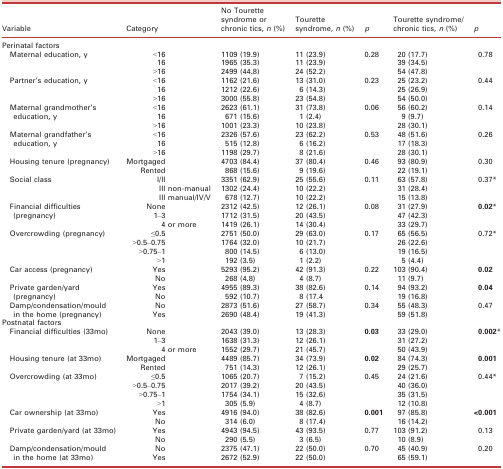
<table><thead><tr><td><b>Variable</b></td><td><b>Category</b></td><td><b>No Tourette syndrome or chronic tics, <i>n</i> (%)</b></td><td><b>Tourette syndrome, <i>n</i> (%)</b></td><td><b><i>p</i></b></td><td><b>Tourette syndrome/chronic tics, <i>n</i> (%)</b></td><td><b><i>p</i></b></td></tr></thead><tbody><tr><td colspan="7">Perinatal factors</td></tr><tr><td rowspan="3"> Maternal education, y</td><td>&lt;16</td><td>1109 (19.9)</td><td>11 (23.9)</td><td rowspan="3">0.28</td><td>20 (17.7)</td><td rowspan="3">0.78</td></tr><tr><td>16</td><td>1965 (35.3)</td><td>11 (23.9)</td><td>39 (34.5)</td></tr><tr><td>&gt;16</td><td>2499 (44.8)</td><td>24 (52.2)</td><td>54 (47.8)</td></tr><tr><td rowspan="3"> Partner’s education, y</td><td>&lt;16</td><td>1162 (21.6)</td><td>13 (31.0)</td><td rowspan="3">0.23</td><td>25 (23.2)</td><td rowspan="3">0.44</td></tr><tr><td>16</td><td>1212 (22.6)</td><td>6 (14.3)</td><td>25 (26.9)</td></tr><tr><td>&gt;16</td><td>3000 (55.8)</td><td>23 (54.8)</td><td>54 (50.0)</td></tr><tr><td rowspan="3"> Maternal grandmother’s education, y</td><td>&lt;16</td><td>2623 (61.1)</td><td>31 (73.8)</td><td rowspan="3">0.06</td><td>56 (60.2)</td><td rowspan="3">0.14</td></tr><tr><td>16</td><td>671 (15.6)</td><td>1 (2.4)</td><td>9 (9.7)</td></tr><tr><td>&gt;16</td><td>1001 (23.3)</td><td>10 (23.8)</td><td>28 (30.1)</td></tr><tr><td rowspan="3"> Maternal grandfather’s education, y</td><td>&lt;16</td><td>2326 (57.6)</td><td>23 (62.2)</td><td rowspan="3">0.53</td><td>48 (51.6)</td><td rowspan="3">0.26</td></tr><tr><td>16</td><td>515 (12.8)</td><td>6 (16.2)</td><td>17 (18.3)</td></tr><tr><td>&gt;16</td><td>1198 (29.7)</td><td>8 (21.6)</td><td>28 (30.1)</td></tr><tr><td rowspan="2"> Housing tenure (pregnancy)</td><td>Mortgaged</td><td>4703 (84.4)</td><td>37 (80.4)</td><td rowspan="2">0.46</td><td>93 (80.9)</td><td rowspan="2">0.30</td></tr><tr><td>Rented</td><td>868 (15.6)</td><td>9 (19.6)</td><td>22 (19.1)</td></tr><tr><td rowspan="3"> Social class</td><td>I/II</td><td>3351 (62.9)</td><td>25 (55.6)</td><td rowspan="3">0.11</td><td>63 (57.8)</td><td rowspan="3">0.37*</td></tr><tr><td>III non-manual</td><td>1302 (24.4)</td><td>10 (22.2)</td><td>31 (28.4)</td></tr><tr><td>III manual/IV/V</td><td>678 (12.7)</td><td>10 (22.2)</td><td>15 (13.8)</td></tr><tr><td rowspan="3"> Financial difficulties (pregnancy)</td><td>None</td><td>2312 (42.5)</td><td>12 (26.1)</td><td rowspan="3">0.08</td><td>31 (27.9)</td><td rowspan="3"><b>0.02</b>*</td></tr><tr><td>1–3</td><td>1712 (31.5)</td><td>20 (43.5)</td><td>47 (42.3)</td></tr><tr><td>4 or more</td><td>1419 (26.1)</td><td>14 (30.4)</td><td>33 (29.7)</td></tr><tr><td rowspan="4"> Overcrowding (pregnancy)</td><td>≤0.5</td><td>2751 (50.0)</td><td>29 (63.0)</td><td rowspan="4">0.17</td><td>65 (56.5)</td><td rowspan="4">0.72*</td></tr><tr><td>&gt;0.5–0.75</td><td>1764 (32.0)</td><td>10 (21.7)</td><td>26 (22.6)</td></tr><tr><td>&gt;0.75–1</td><td>800 (14.5)</td><td>6 (13.0)</td><td>19 (16.5)</td></tr><tr><td>&gt;1</td><td>192 (3.5)</td><td>1 (2.2)</td><td>5 (4.4)</td></tr><tr><td rowspan="2"> Car access (pregnancy)</td><td>Yes</td><td>5293 (95.2)</td><td>42 (91.3)</td><td rowspan="2">0.22</td><td>103 (90.4)</td><td rowspan="2"><b>0.02</b></td></tr><tr><td>No</td><td>268 (4.8)</td><td>4 (8.7)</td><td>11 (9.7)</td></tr><tr><td rowspan="2"> Private garden/yard (pregnancy)</td><td>Yes</td><td>4955 (89.3)</td><td>38 (82.6)</td><td rowspan="2">0.14</td><td>94 (93.2)</td><td rowspan="2"><b>0.04</b></td></tr><tr><td>No</td><td>592 (10.7)</td><td>8 (17.4</td><td>19 (16.8)</td></tr><tr><td rowspan="2"> Damp/condensation/mould in the home (pregnancy)</td><td>No</td><td>2873 (51.6)</td><td>27 (58.7)</td><td rowspan="2">0.34</td><td>55 (48.3)</td><td rowspan="2">0.47</td></tr><tr><td>Yes</td><td>2690 (48.4)</td><td>19 (41.3)</td><td>59 (51.8)</td></tr><tr><td colspan="7">Postnatal factors</td></tr><tr><td rowspan="3"> Financial difficulties (33mo)</td><td>None</td><td>2043 (39.0)</td><td>13 (28.3)</td><td rowspan="3"><b>0.03</b></td><td>33 (29.0)</td><td rowspan="3"><b>0.002</b>*</td></tr><tr><td>1–3</td><td>1638 (31.3)</td><td>12 (26.1)</td><td>31 (27.2)</td></tr><tr><td>4 or more</td><td>1552 (29.7)</td><td>21 (45.7)</td><td>50 (43.9)</td></tr><tr><td rowspan="2"> Housing tenure (at 33mo)</td><td>Mortgaged</td><td>4489 (85.7)</td><td>34 (73.9)</td><td rowspan="2"><b>0.02</b></td><td>84 (74.3)</td><td rowspan="2"><b>0.001</b></td></tr><tr><td>Rented</td><td>751 (14.3)</td><td>12 (26.1)</td><td>29 (25.7)</td></tr><tr><td rowspan="4"> Overcrowding (at 33mo)</td><td>≤0.5</td><td>1065 (20.7)</td><td>7 (15.2)</td><td rowspan="4">0.45</td><td>24 (21.6)</td><td rowspan="4">0.44*</td></tr><tr><td>&gt;0.5–0.75</td><td>2017 (39.2)</td><td>20 (43.5)</td><td>40 (36.0)</td></tr><tr><td>&gt;0.75–1</td><td>1754 (34.1)</td><td>15 (32.6)</td><td>35 (31.5)</td></tr><tr><td>&gt;1</td><td>305 (5.9)</td><td>4 (8.7)</td><td>12 (10.8)</td></tr><tr><td rowspan="2"> Car ownership (at 33mo)</td><td>Yes</td><td>4916 (94.0)</td><td>38 (82.6)</td><td rowspan="2"><b>0.001</b></td><td>97 (85.8)</td><td rowspan="2"><b>&lt;0.001</b></td></tr><tr><td>No</td><td>314 (6.0)</td><td>8 (17.4)</td><td>16 (14.2)</td></tr><tr><td rowspan="2"> Private garden/yard (at 33mo)</td><td>Yes</td><td>4943 (94.5)</td><td>43 (93.5)</td><td rowspan="2">0.77</td><td>103 (91.2)</td><td rowspan="2">0.13</td></tr><tr><td>No</td><td>290 (5.5)</td><td>3 (6.5)</td><td>10 (8.9)</td></tr><tr><td rowspan="2"> Damp/condensation/mould in the home (at 33mo)</td><td>No</td><td>2375 (47.1)</td><td>22 (50.0)</td><td rowspan="2">0.70</td><td>45 (40.9)</td><td rowspan="2">0.20</td></tr><tr><td>Yes</td><td>2672 (52.9)</td><td>22 (50.0)</td><td>65 (59.1)</td></tr></tbody></table>